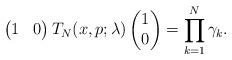
LaTeX: \begin{align*}\begin{pmatrix} 1 & 0 \end{pmatrix}T_N(x,p;\lambda)\begin{pmatrix} 1 \\ 0 \end{pmatrix}=\prod_{k=1}^N \gamma_k. \end{align*}